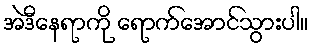
အဲဒီနေရာကို ရောက်အောင်သွားပါ။